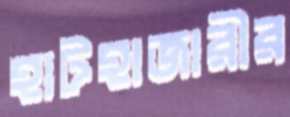
হাটহাজারীর